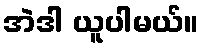
အဲဒါ ယူပါမယ်။